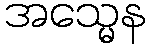
အသ္မေန